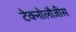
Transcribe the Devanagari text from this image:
टेक्नोलौजीस